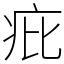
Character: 疪